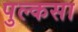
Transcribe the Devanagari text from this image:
पुल्कसा